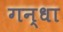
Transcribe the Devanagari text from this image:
गन्धा